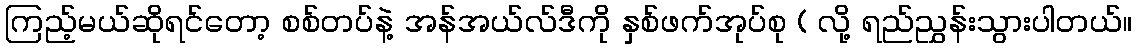
ကြည့်မယ်ဆိုရင်တော့ စစ်တပ်နဲ့ အန်အယ်လ်ဒီကို နှစ်ဖက်အုပ်စု ( လို့ ရည်ညွှန်းသွားပါတယ်။